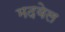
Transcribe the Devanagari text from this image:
मदवेल